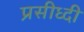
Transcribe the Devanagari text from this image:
प्रसीध्दी